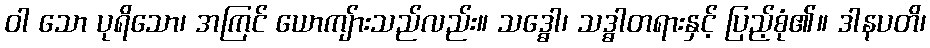
ဝါ သော ပုရိသော၊ အကြင် ယောကျ်ားသည်လည်း။ သဒ္ဓေါ၊ သဒ္ဓါတရားနှင့် ပြည့်စုံ၏။ ဒါနပတိ၊